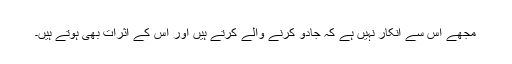
مجھے اس سے انکار نہیں ہے کہ جادو کرنے والے کرتے ہیں اور اس کے اثرات بھی ہوتے ہیں۔